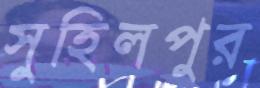
সুহিলপুর